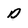
Character: D